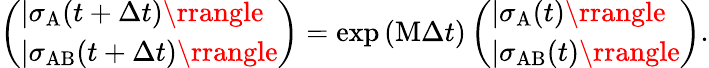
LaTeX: \left(\begin{array}{l}{|\sigma_{\mathrm{A}}(t+\Delta t)\rrangle}\\ {|\sigma_{\mathrm{AB}}(t+\Delta t)\rrangle}\end{array}\right)=\exp{(\mathrm{M}\Delta t)}\left(\begin{array}{l}{|\sigma_{\mathrm{A}}(t)\rrangle}\\ {|\sigma_{\mathrm{AB}}(t)\rrangle}\end{array}\right).